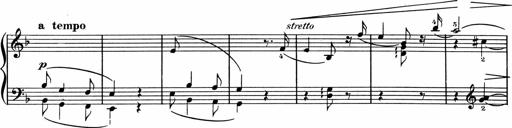
Title: 1Ã¨re Sonatine
Composer: FrÃ©dÃ©ric Binet